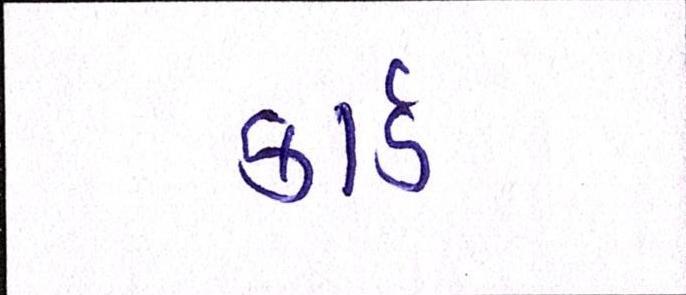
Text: કાર્ડ